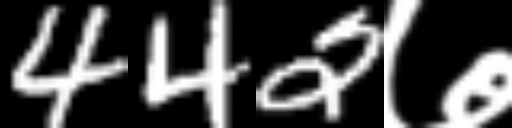
Text: 442७